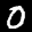
Label: 0